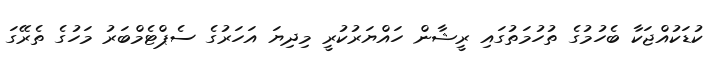
ކުޑަކުއްޖަކާ ބެހުމުގެ ތުހުމަތުގައި ރީޝާން ހައްޔަރުކުރީ މިދިޔަ އަހަރުގެ ސެޕްޓެމްބަރު މަހުގެ ތެރޭގަ